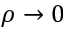
\rho \to 0